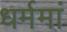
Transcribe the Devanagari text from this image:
धर्ममां